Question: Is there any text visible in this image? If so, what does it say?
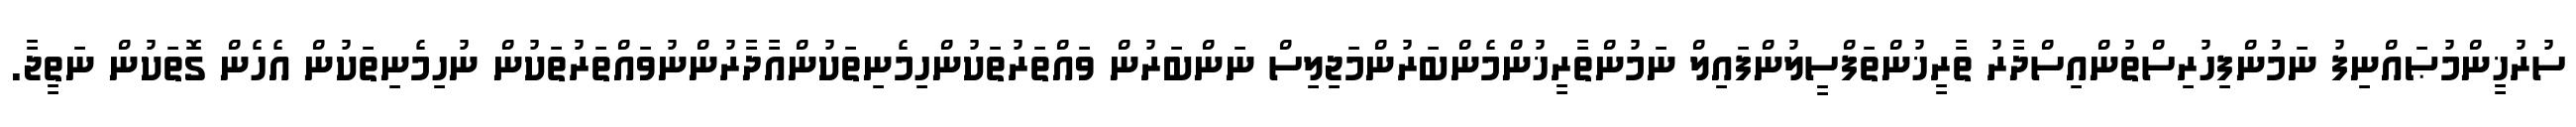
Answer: ސުރުޚީންމުޞައްނިފު ނަމުންފިހުރިސްތުންއިސްދާރު ތާރީޚުންތަފްސީލުންފައިލް ނަމުންތާރީޚުންމެންބަރުންމަޖިލިސް ނަންބަރުން ވައްތަރުތަކުންހިމެނިތަކުންއާދާރުންނުވައްތަރުތަކުން ނުހިމެނިތަކުން އެހެން ގޮތަކުން ނަތީޖާ.